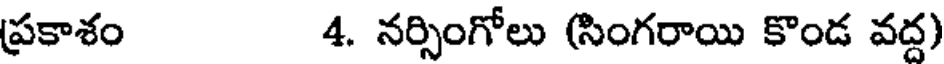
ప్రకాశం 4. నర్సింగోలు (సింగరాయి కొండ వద్ద)